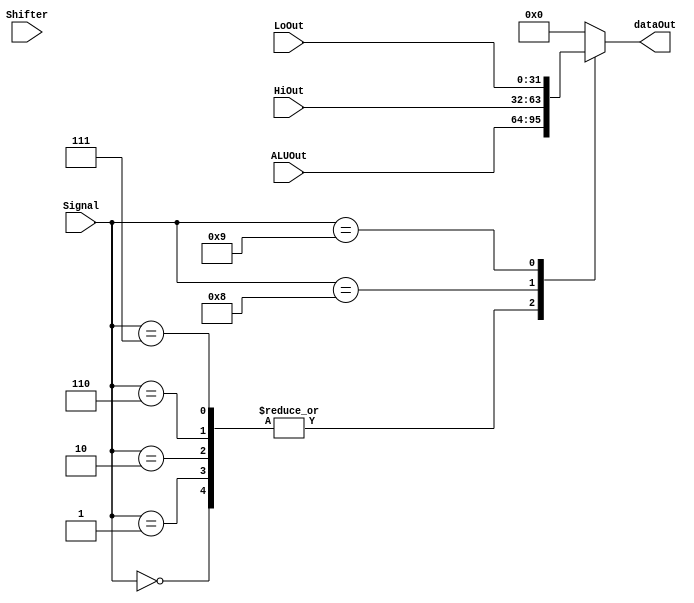
`timescale 1ns/1ns
module MUX( ALUOut, HiOut, LoOut, Shifter, Signal, dataOut );
input [31:0] ALUOut ;
input [31:0] HiOut ;
input [31:0] LoOut ;
input [31:0] Shifter ;
input [3:0] Signal ;
output [31:0] dataOut ;


reg [31:0] temp ;

parameter ADD = 4'b0010;
parameter SUB = 4'b0110;
parameter AND = 4'b0000;
parameter OR  = 4'b0001;
parameter SLT = 4'b0111;
parameter SLL = 4'b0000;
parameter DIVU = 4'b0100;
parameter MFHI = 4'b1000;
parameter MFLO = 4'b1001;

always@( ALUOut or HiOut or LoOut or Shifter or Signal )
begin

	case ( Signal )
	AND:
	begin
		temp = ALUOut ;
	end
	OR:
	begin
		temp = ALUOut ;
	end
	ADD:
	begin
		temp = ALUOut ;
	end
	SUB:
	begin
		temp = ALUOut ;
	end
	SLT:
	begin
		temp = ALUOut ;
	end

	
	MFHI:
	begin
		temp = HiOut ;
	end
	MFLO:
	begin
		temp = LoOut ;
	end
	
	SLL:
	begin
		temp = Shifter ;
	end
	default: temp = 32'b0 ;	
	
	endcase
end
assign dataOut = temp ;



endmodule